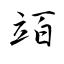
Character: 竡